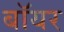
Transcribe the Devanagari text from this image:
बॉयर